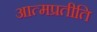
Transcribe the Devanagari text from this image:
आत्मप्रतीति